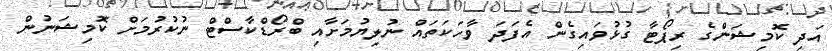
އަދި ކޮމިޝަންގެ ރިޕޯޓާ ގުޅުވައިގެން އެފަދަ ވާހަކަތައް ނުލިޔުމަށާއި ބްރޯޑްކާސްޓް ނުކުރުމަށް ކޮމިޝަނުން